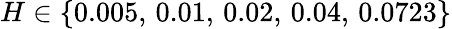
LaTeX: H\in\{ 0.005,\, 0.01,\, 0.02,\, 0.04,\, 0.0723\}